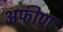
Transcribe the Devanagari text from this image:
अफीण